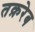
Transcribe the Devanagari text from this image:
तक़रेब